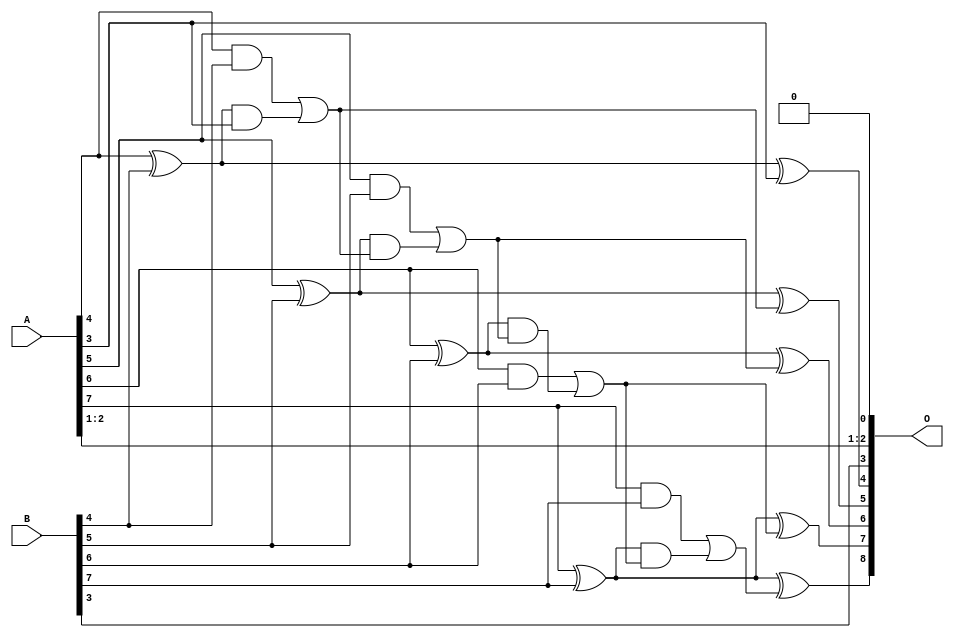
/***
* This code is a part of EvoApproxLib library (ehw.fit.vutbr.cz/approxlib) distributed under The MIT License.
* When used, please cite the following article(s): V. Mrazek, L. Sekanina, Z. Vasicek "Libraries of Approximate Circuits: Automated Design and Application in CNN Accelerators" IEEE Journal on Emerging and Selected Topics in Circuits and Systems, Vol 10, No 4, 2020 
* This file contains a circuit from a sub-set of pareto optimal circuits with respect to the pwr and wce parameters
***/
// MAE% = 1.56 %
// MAE = 4.0 
// WCE% = 3.12 %
// WCE = 8.0 
// WCRE% = 700.00 %
// EP% = 93.75 %
// MRE% = 16.11 %
// MSE = 22 
// PDK45_PWR = 0.019 mW
// PDK45_AREA = 39.9 um2
// PDK45_DELAY = 0.35 ns

module add8se_8ZU (
    A,
    B,
    O
);

input [7:0] A;
input [7:0] B;
output [8:0] O;

wire sig_33,sig_34,sig_35,sig_36,sig_37,sig_38,sig_39,sig_40,sig_41,sig_42,sig_43,sig_44,sig_45,sig_46,sig_47,sig_48,sig_49,sig_50,sig_51,sig_52;
wire sig_53,sig_54;

assign sig_33 = A[4] ^ B[4];
assign sig_34 = A[4] & B[4];
assign sig_35 = sig_33 & A[3];
assign sig_36 = sig_33 ^ A[3];
assign sig_37 = sig_34 | sig_35;
assign sig_38 = A[5] ^ B[5];
assign sig_39 = A[5] & B[5];
assign sig_40 = sig_38 & sig_37;
assign sig_41 = sig_38 ^ sig_37;
assign sig_42 = sig_39 | sig_40;
assign sig_43 = A[6] ^ B[6];
assign sig_44 = A[6] & B[6];
assign sig_45 = sig_43 & sig_42;
assign sig_46 = sig_43 ^ sig_42;
assign sig_47 = sig_44 | sig_45;
assign sig_48 = A[7] ^ B[7];
assign sig_49 = A[7] & B[7];
assign sig_50 = sig_48 & sig_47;
assign sig_51 = sig_48 ^ sig_47;
assign sig_52 = sig_49 | sig_50;
assign sig_53 = A[7] ^ B[7];
assign sig_54 = sig_53 ^ sig_52;

assign O[8] = sig_54;
assign O[7] = sig_51;
assign O[6] = sig_46;
assign O[5] = sig_41;
assign O[4] = sig_36;
assign O[3] = B[3];
assign O[2] = A[2];
assign O[1] = A[1];
assign O[0] = 1'b0;

endmodule